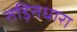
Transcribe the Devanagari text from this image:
तड़ितधारा